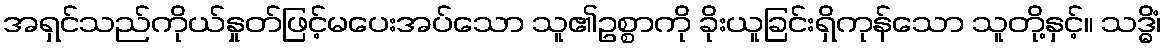
အရှင်သည်ကိုယ်နှုတ်ဖြင့်မပေးအပ်သော သူ၏ဥစ္စာကို ခိုးယူခြင်းရှိကုန်သော သူတို့နှင့်။ သဒ္ဓိံ၊